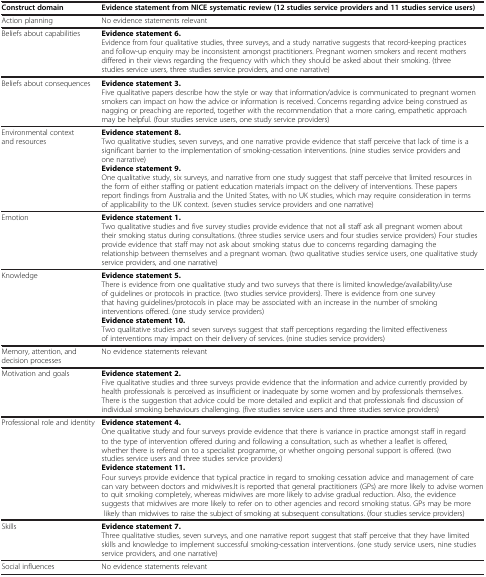
<table><thead><tr><td><b>Construct domain</b></td><td><b>Evidence statement from NICE systematic review (12 studies service providers and 11 studies service users)</b></td></tr></thead><tbody><tr><td>Action planning</td><td>No evidence statements relevant</td></tr><tr><td>Beliefs about capabilities</td><td><b>Evidence statement 6.</b>Evidence from four qualitative studies, three surveys, and a study narrative suggests that record-keeping practices and follow-up enquiry may be inconsistent amongst practitioners. Pregnant women smokers and recent mothers differed in their views regarding the frequency with which they should be asked about their smoking. (three studies service users, three studies service providers, and one narrative)</td></tr><tr><td>Beliefs about consequences</td><td><b>Evidence statement 3.</b>Five qualitative papers describe how the style or way that information/advice is communicated to pregnant women smokers can impact on how the advice or information is received. Concerns regarding advice being construed as nagging or preaching are reported, together with the recommendation that a more caring, empathetic approach may be helpful. (four studies service users, one study service providers)</td></tr><tr><td>Environmental context and resources</td><td><b>Evidence statement 8.</b>Two qualitative studies, seven surveys, and one narrative provide evidence that staff perceive that lack of time is a significant barrier to the implementation of smoking-cessation interventions. (nine studies service providers and one narrative)<b>Evidence statement 9.</b>One qualitative study, six surveys, and narrative from one study suggest that staff perceive that limited resources in the form of either staffing or patient education materials impact on the delivery of interventions. These papers report findings from Australia and the United States, with no UK studies, which may require consideration in terms of applicability to the UK context. (seven studies service providers and one narrative)</td></tr><tr><td>Emotion</td><td><b>Evidence statement 1.</b>Two qualitative studies and five survey studies provide evidence that not all staff ask all pregnant women about their smoking status during consultations. (three studies service users and four studies service providers) Four studies provide evidence that staff may not ask about smoking status due to concerns regarding damaging the relationship between themselves and a pregnant woman. (two qualitative studies service users, one qualitative study service providers, and one narrative)</td></tr><tr><td>Knowledge</td><td><b>Evidence statement 5.</b>There is evidence from one qualitative study and two surveys that there is limited knowledge/availability/use of guidelines or protocols in practice. (two studies service providers).There is evidence from one survey that having guidelines/protocols in place may be associated with an increase in the number of smoking interventions offered. (one study service providers)<b>Evidence statement 10.</b>Two qualitative studies and seven surveys suggest that staff perceptions regarding the limited effectiveness of interventions may impact on their delivery of services. (nine studies service providers)</td></tr><tr><td>Memory, attention, and decision processes</td><td>No evidence statements relevant</td></tr><tr><td>Motivation and goals</td><td><b>Evidence statement 2.</b>Five qualitative studies and three surveys provide evidence that the information and advice currently provided by health professionals is perceived as insufficient or inadequate by some women and by professionals themselves. There is the suggestion that advice could be more detailed and explicit and that professionals find discussion of individual smoking behaviours challenging. (five studies service users and three studies service providers)</td></tr><tr><td>Professional role and identity</td><td><b>Evidence statement 4.</b>One qualitative study and four surveys provide evidence that there is variance in practice amongst staff in regard to the type of intervention offered during and following a consultation, such as whether a leaflet is offered, whether there is referral on to a specialist programme, or whether ongoing personal support is offered. (two studies service users and three studies service providers)<b>Evidence statement 11.</b>Four surveys provide evidence that typical practice in regard to smoking cessation advice and management of care can vary between doctors and midwives.It is reported that general practitioners (GPs) are more likely to advise women to quit smoking completely, whereas midwives are more likely to advise gradual reduction. Also, the evidence suggests that midwives are more likely to refer on to other agencies and record smoking status. GPs may be more likely than midwives to raise the subject of smoking at subsequent consultations. (four studies service providers)</td></tr><tr><td>Skills</td><td><b>Evidence statement 7.</b>Three qualitative studies, seven surveys, and one narrative report suggest that staff perceive that they have limited skills and knowledge to implement successful smoking-cessation interventions. (one study service users, nine studies service providers, and one narrative)</td></tr><tr><td>Social influences</td><td>No evidence statements relevant</td></tr></tbody></table>